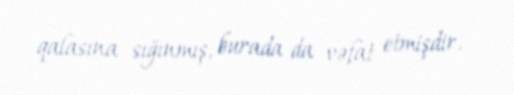
qalasına sığınmış, burada da vəfat etmişdir.